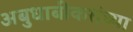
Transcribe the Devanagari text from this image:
अबुधाबीकरांच्या